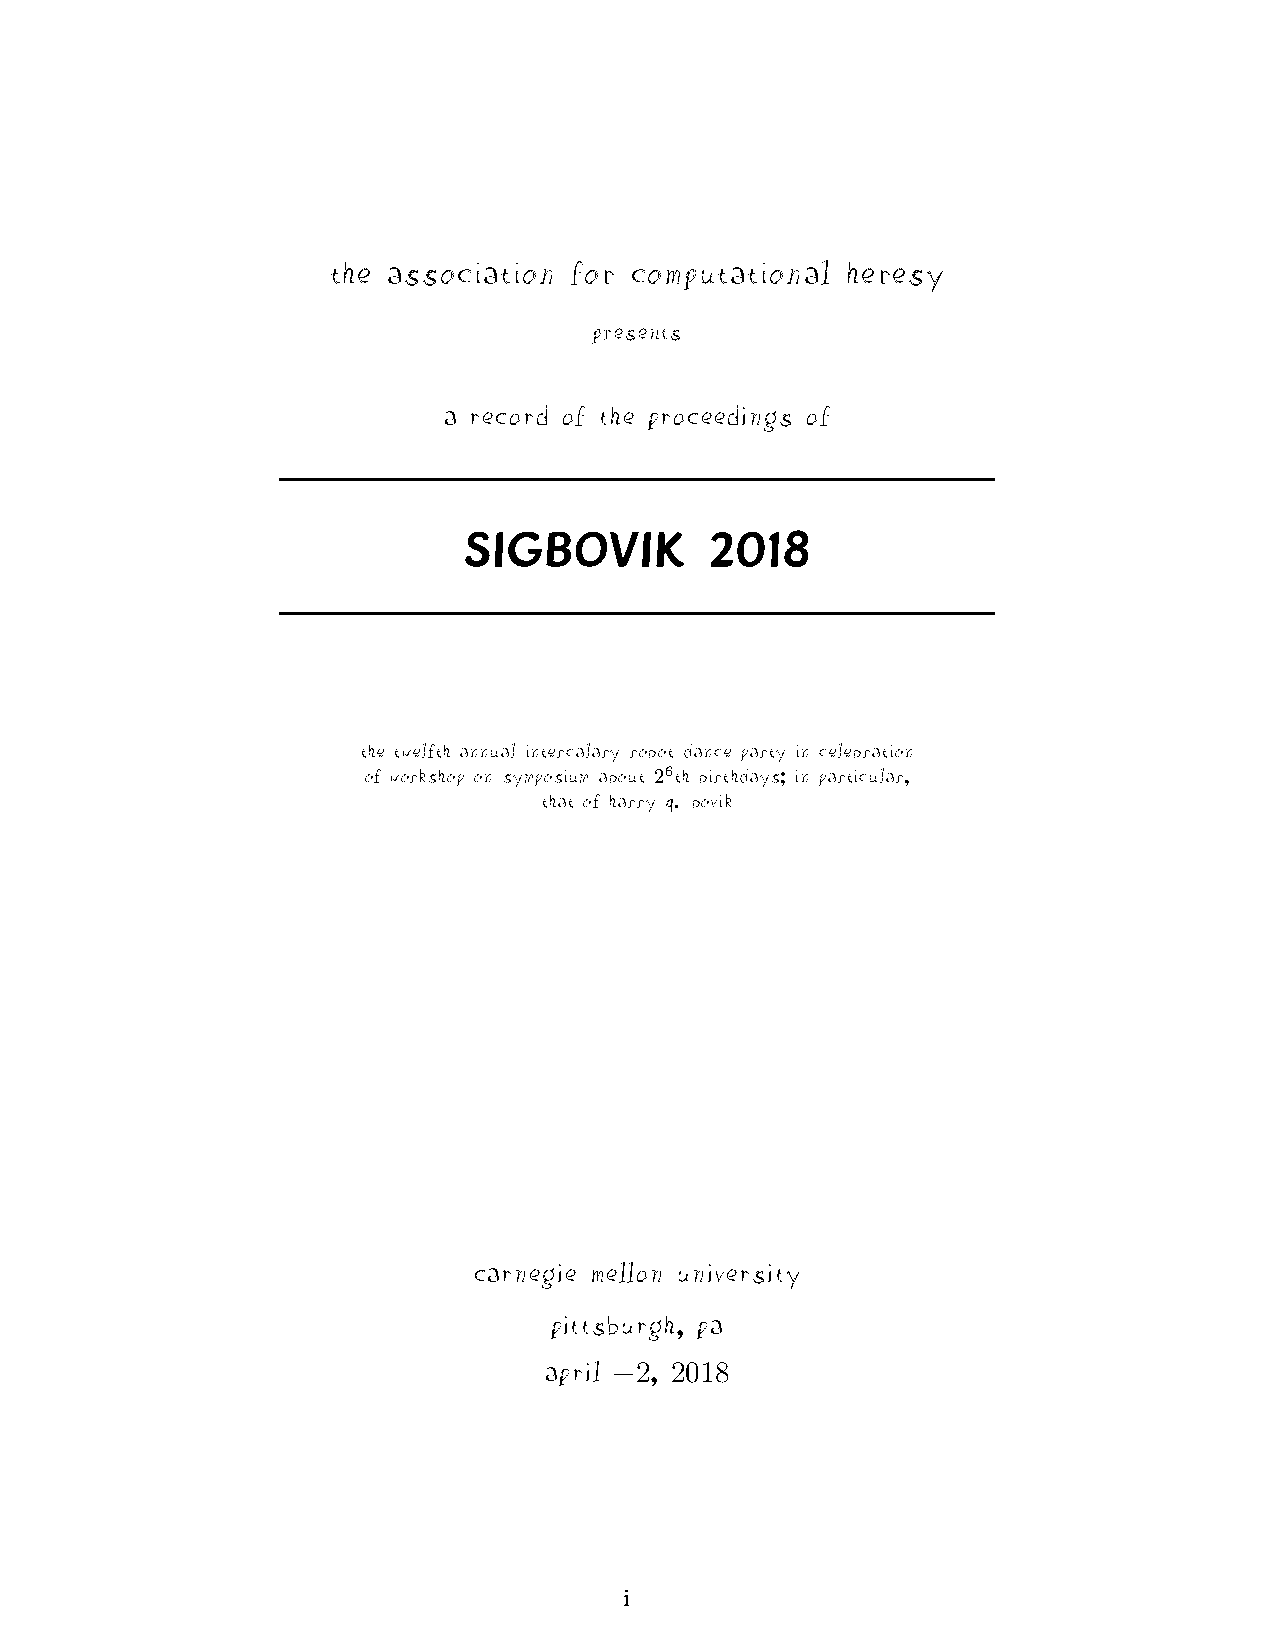
the association for computational heresy
 presents
 a record of the proceedings of
 SIGBOVIK        2018
 the twelfth annual intercalary robot dance party in celebration
 of workshop on symposium about 26th birthdays; in particular,
 that of harry q. bovik
 carnegie mellon university
 pittsburgh, pa
 april 2, 2018
 −
 i